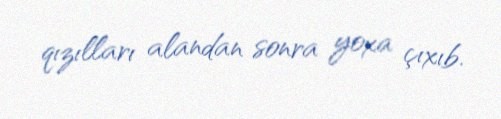
qızılları alandan sonra yoxa çıxıb.